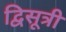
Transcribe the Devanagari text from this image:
द्विसूत्री